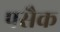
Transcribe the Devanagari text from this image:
पसैक